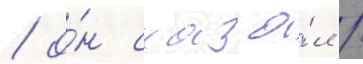
/ о́н сказа́л /